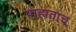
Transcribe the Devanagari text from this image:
पाहाताच